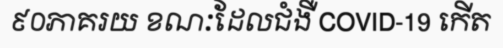
៩០ភាគរយ ខណៈដែលជំងឺ COVID-19 កើត